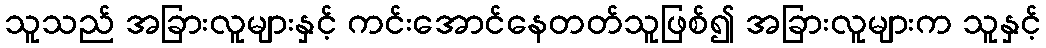
သူသည် အခြားလူများနှင့် ကင်းအောင်နေတတ်သူဖြစ်၍ အခြားလူများက သူနှင့်